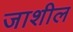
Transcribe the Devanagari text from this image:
जाशील